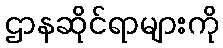
ဌာနဆိုင်ရာများကို